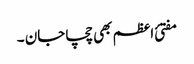
مفتئ اعظم بھی چچا جان ۔